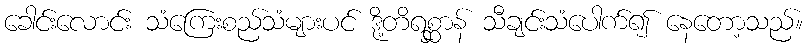
ခေါင်းလောင်း သံကြေးစည်သံများပင် ဒို့တိရစ္ဆာန် သီချင်းသံပေါက်၍ နေတော့သည်။